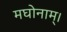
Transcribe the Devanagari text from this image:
मघोनाम्।